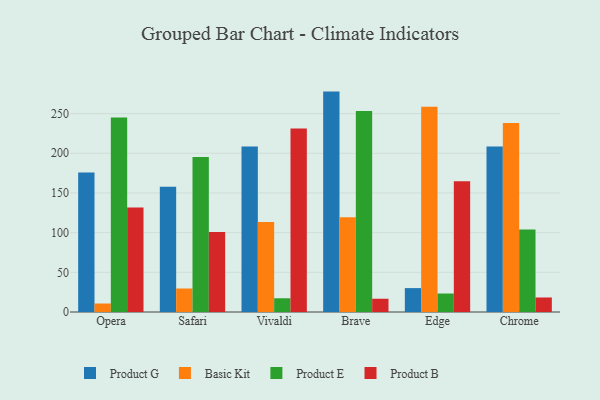
{"axis": {"x": "Browser", "y": "Demand Index"}, "legend": ["Basic Kit", "Product B", "Product E", "Product G"], "data": [{"x": "Opera", "y": 175.9, "type": "Product G"}, {"x": "Opera", "y": 10.7, "type": "Basic Kit"}, {"x": "Opera", "y": 245.0, "type": "Product E"}, {"x": "Opera", "y": 131.7, "type": "Product B"}, {"x": "Safari", "y": 157.7, "type": "Product G"}, {"x": "Safari", "y": 29.6, "type": "Basic Kit"}, {"x": "Safari", "y": 195.3, "type": "Product E"}, {"x": "Safari", "y": 100.7, "type": "Product B"}, {"x": "Vivaldi", "y": 208.5, "type": "Product G"}, {"x": "Vivaldi", "y": 113.3, "type": "Basic Kit"}, {"x": "Vivaldi", "y": 17.3, "type": "Product E"}, {"x": "Vivaldi", "y": 231.3, "type": "Product B"}, {"x": "Brave", "y": 277.7, "type": "Product G"}, {"x": "Brave", "y": 119.3, "type": "Basic Kit"}, {"x": "Brave", "y": 253.3, "type": "Product E"}, {"x": "Brave", "y": 16.7, "type": "Product B"}, {"x": "Edge", "y": 30.1, "type": "Product G"}, {"x": "Edge", "y": 258.6, "type": "Basic Kit"}, {"x": "Edge", "y": 23.3, "type": "Product E"}, {"x": "Edge", "y": 164.8, "type": "Product B"}, {"x": "Chrome", "y": 208.5, "type": "Product G"}, {"x": "Chrome", "y": 238.1, "type": "Basic Kit"}, {"x": "Chrome", "y": 104.0, "type": "Product E"}, {"x": "Chrome", "y": 18.3, "type": "Product B"}]}